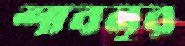
শাবনূর